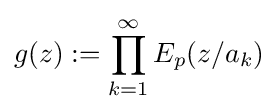
g(z):=\prod _{k=1}^{\infty }E_{p}(z/a_{k})